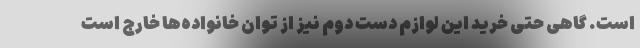
است. گاهی حتی خرید این لوازم دست دوم نیز از توان خانواده‌ها خارج است